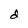
Character: d